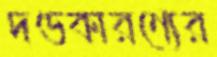
দণ্ডকারণ্যের